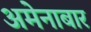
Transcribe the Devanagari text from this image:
अमेनाबार